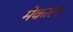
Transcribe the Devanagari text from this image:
मेकाल